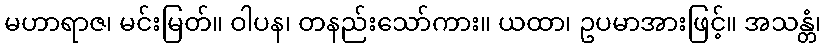
မဟာရာဇ၊ မင်းမြတ်။ ဝါပန၊ တနည်းသော်ကား။ ယထာ၊ ဥပမာအားဖြင့်။ အသန္တံ၊